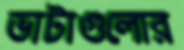
ভাটাগুলোর